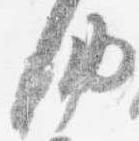
納